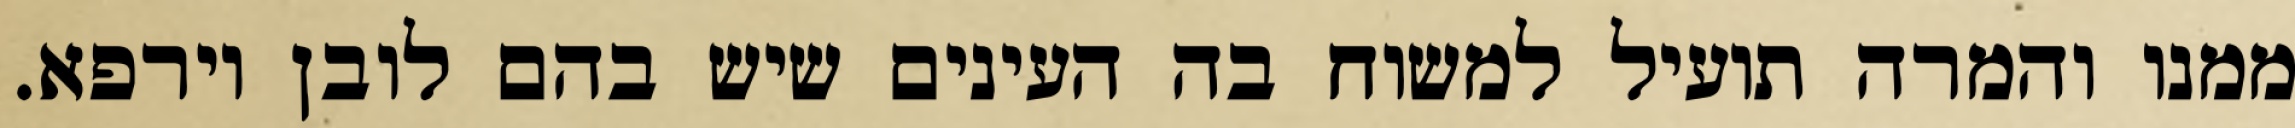
ממנו והמרה תועיל למשוח בה העינים שיש בהם לובן וירפא.